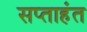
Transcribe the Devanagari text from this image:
सप्‍ताहंत